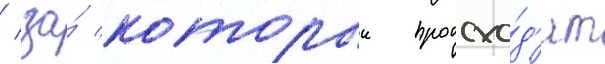
/ за́ которыи происхо́д'ит